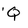
Character: Q